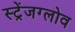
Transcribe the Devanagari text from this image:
स्ट्रेंजग्लोव